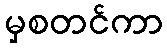
မှစတင်ကာ